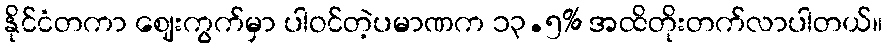
နိုင်ငံတကာ ဈေးကွက်မှာ ပါဝင်တဲ့ပမာဏက ၁၃.၅% အထိတိုးတက်လာပါတယ်။